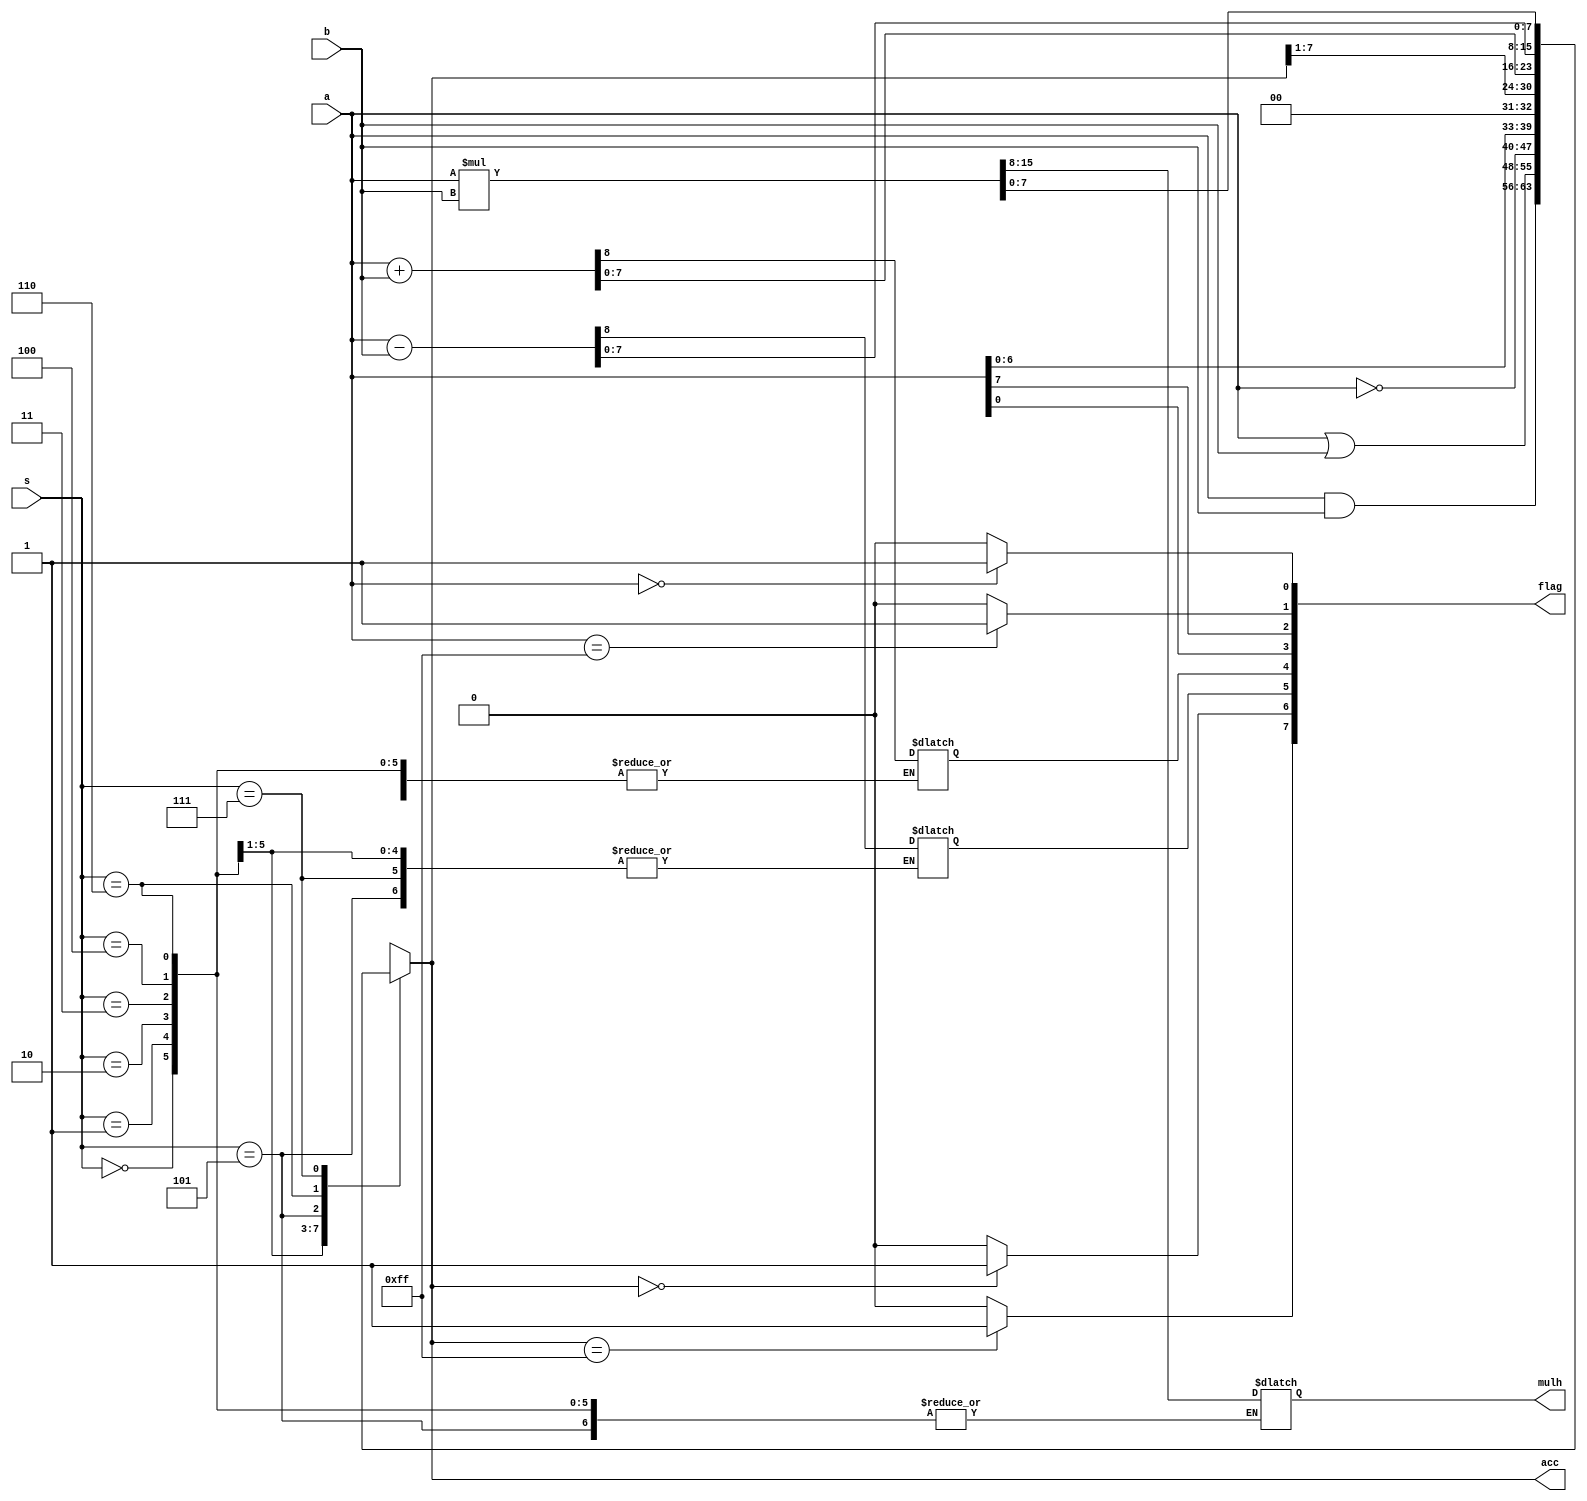
module bit8alu(a,b,s,acc,mulh,flag);

parameter width = 8,
				w = width - 1;

input [w:0] a;
input [w:0] b;
input [2:0] s;
output reg [w:0] acc;
output reg [w:0] mulh;
output reg [7:0] flag;

always @(*)
begin
	case (s)
	3'b000 : acc = a & b;
	3'b001 : acc = a | b;
	3'b010 : acc = ~a;
	3'b011 : acc = a << 1;
	3'b100 : acc = acc >> 1;
	3'b101 : {flag[4] , acc} = a + b;
	3'b110 : {flag[5] , acc} = a - b;
	3'b111 : {mulh , acc} = a * b;
	endcase
	if( a == 8'b00000000)
	begin
		flag[0] = 1'b1;
	end
	else
	begin
		flag[0] = 1'b0;
	end
	if( a == 8'b11111111)
	begin
		flag[1] = 1'b1;
	end
	else
	begin
		flag[1] = 1'b0;
	end
	flag[2] = a[w];
	flag[3] = a[0];
	if( acc == 8'b00000000)
	begin
		flag[6] = 1'b1;
	end
	else
	begin
		flag[6] = 1'b0;
	end
	if( acc == 8'b11111111)
	begin
		flag[7] = 1'b1;
	end
	else
	begin
		flag[7] = 1'b0;
	end
end

endmodule